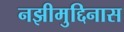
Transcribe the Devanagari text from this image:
नझीमुद्दिनास